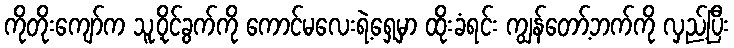
ကိုတိုးကျော်က သူ့ဝိုင်ခွက်ကို ကောင်မလေးရဲ့ရှေ့မှာ ထိုးခံရင်း ကျွန်တော့်ဘက်ကို လှည့်ပြီး